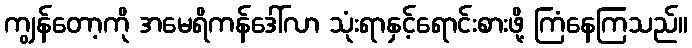
ကျွန်တော့ကို အမေရိကန်ဒေါ်လာ သုံးရာနှင့်ရောင်းစားဖို့ ကြံနေကြသည်။